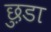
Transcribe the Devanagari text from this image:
छ़ुडा